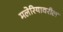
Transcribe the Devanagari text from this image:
मलेरियावरील